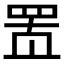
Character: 𰭋